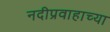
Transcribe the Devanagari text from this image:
नदीप्रवाहाच्या